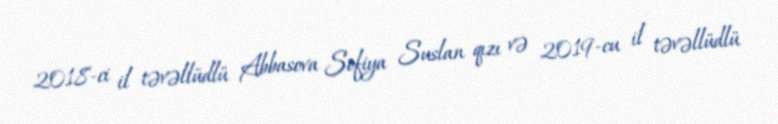
2018-ci il təvəllüdlü Abbasova Sofiya Suslan qızı və 2019-cu il təvəllüdlü